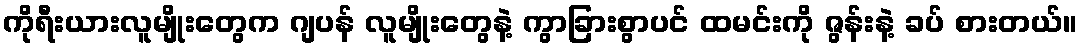
ကိုရီးယားလူမျိုးတွေက ဂျပန် လူမျိုးတွေနဲ့ ကွာခြားစွာပင် ထမင်းကို ဇွန်းနဲ့ ခပ် စားတယ်။